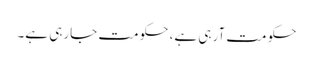
حکومت آرہی ہے، حکومت جارہی ہے۔